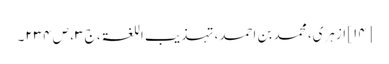
[۱۴] ازہری، محمد بن احمد، تہذیب اللغۃ، ج ۳، ص ۲۳۴۔